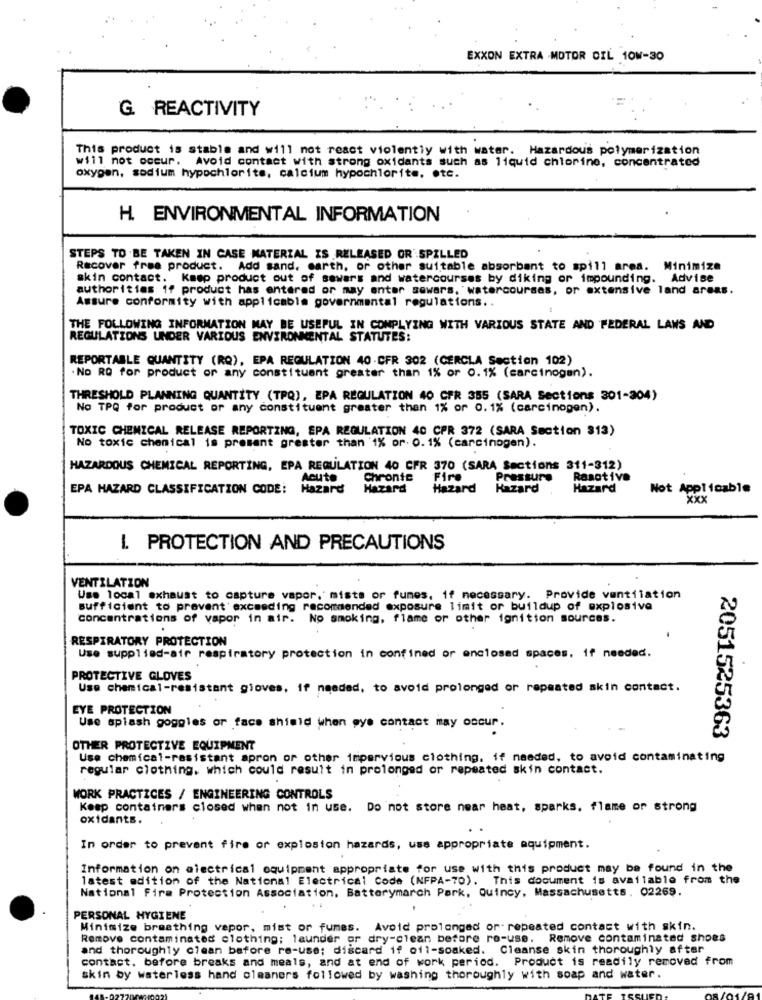
EXXON EXTRA .MOTOR OIL 10W-30
G. REACTIVITY
This product is stable and will not react violently with water. Hazardous polymerization
will not occur. Avoid contact with strong oxidants such as liquid chlorine, concentrated
oxygen, sodium hypochlorits, calcium hypochlorite, etc.
H. ENVIRONMENTAL INFORMATION
STEPS TO BE TAKEN IN CASE MATERIAL IS RELEASED OR SPILLED
Recover free product. Add sand, earth, or other suitable absorbant to spill area. Minimize
skin contact. Keep product out of sawars and watercourses by diking or impounding. Advise
authorities if product has entered or may anter sowars, watercourses, or extensive land areas.
Assure conformity with applicable governmental regulations ..
THE FOLLOWING INFORMATION MAY BE USEFUL IN COMPLYING WITH VARIOUS STATE AND FEDERAL LAWS AND
REGULATIONS UNDER VARIOUS ENVIRONMENTAL STATUTES:
REPORTABLE QUANTITY (RQ), EPA REGULATION 40 -CFR 302 (CERCLA Section 102)
No RO for product or any constituent greater than 1% or 0.1% (carcinogen).
THRESHOLD PLANNING QUANTITY (TPQ), EPA REGULATION 40 CFR 355 (SARA Sections 301-304)
No TPQ for product or any constituent greater than 1% or 0.1% (carcinogen).
TOXIC CHEMICAL RELEASE REPORTING, EPA REGULATION 40 CPR 372 (SARA Section $13)
No toxic chemical is present greater than 1% or. 0.1% (carcinogen).
HAZARDOUS CHEMICAL REPORTING, EPA REGULATION 40 CFR 370 (SARA Sections 311-312)
Acute
Chronte
Fire
Pressure
Raactive
EPA HAZARD CLASSIFICATION CODE: Hazard
Hazard
Hazard
Hazard
Hazard
Not Applicable
Xxx
I. PROTECTION AND PRECAUTIONS
VENTILATION
Use local exhaust to capture vapor. mists or fumes. if necessary. Provide ventilation
sufficient to prevent' exceeding recommended exposure limit or buildup of explosive
concentrations of vapor in mir. No smoking, flame or other ignition sources.
RESPIRATORY PROTECTION
Use supplied-air respiratory protection in confined or enclosed spaces, if needed.
PROTECTIVE GLOVES
Use chemical-resistant gioves, if needed, to avoid prolonged or repeated skin contact.
EYE PROTECTION
Use splash goggles or face shield when eye contact may occur.
2051525363
OTHER PROTECTIVE EQUIPMENT
Use chemical-resistant apron or other impervious clothing. if needed, to avoid contaminating
regular clothing. which could result in prolonged or repeated skin contact.
WORK PRACTICES / ENGINEERING CONTROLS
Keep containers closed when not in use. Do not store near heat, sparks, flame or strong
oxidants.
In order to prevent fire or explosion hazards, uss appropriate equipment.
Information on electrical equipment appropriate for use with this product may be found in the
latest edition of the National Electrical Code (NFPA-70). This document is available from the
National Fire Protection Association, Batterymarch Park, Quincy, Massachusetts. 02269.
PERSONAL HYGIENE
Minimize breathing vapor, mist or fumes. Avoid prolonged or' repeated contact with skin.
Remove contaminated clothing; launder or dry-clean before re-use. Remove contaminated shoes
and thoroughly clean before re-use; discard if oil-soaked. Cleanse skin thoroughly after
contact, before breaks and meals, and at end of work period. Product is readily removed from
skin by waterless hand olmaners followed by washing thoroughly with soap and water.